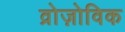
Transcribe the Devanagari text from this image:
व्रोज़ोविक